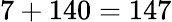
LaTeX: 7+140=147